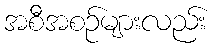
အစီအစဉ်များလည်း